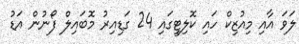
ލަވަ އާއި މިއުޒިކް ހައި ކޮލިޓީގައި 24 ގަޑިއިރު މޮބައިލް ފޯނުން އަޑު